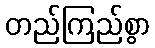
တည်ကြည်စွာ